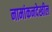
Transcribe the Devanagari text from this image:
नामांकनदेखील